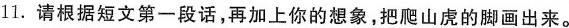
11. 请根据短文第一段话，再加上你的想象，把爬山虎的脚画出来。